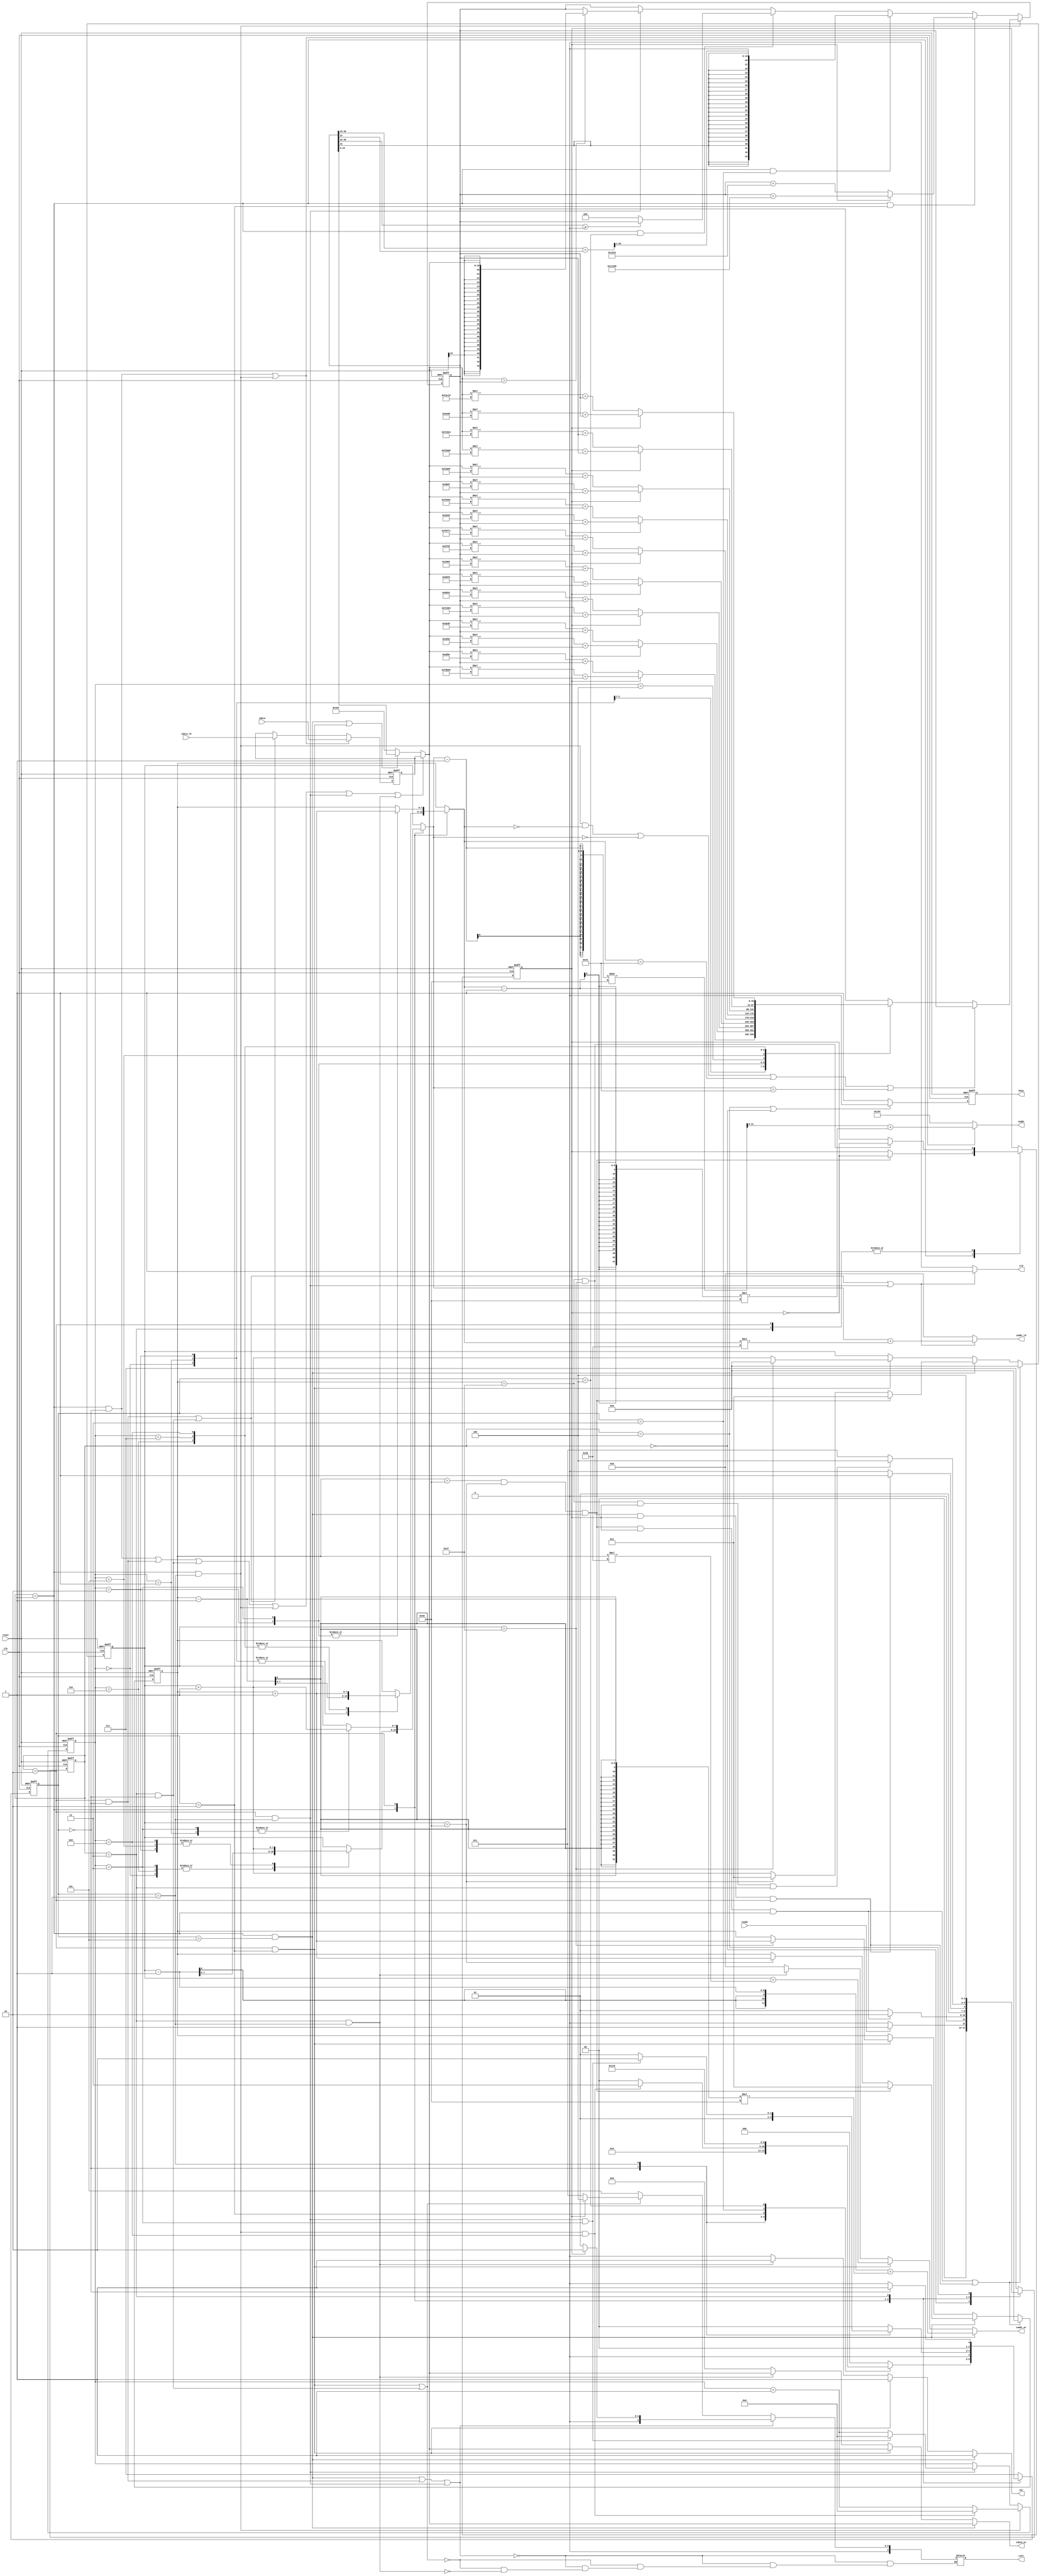
module  CONV#(
            //================================
            //  PARAMETERS
            //================================
            parameter W  = 20,
            parameter B  = 8,
            parameter ADDR_W = 12,
            parameter MEM_SEL = 4,
            parameter CONV_IMG_W = 64,
            parameter MAX_POOLING_IMG_W = CONV_IMG_W / 2,
            parameter RELU_IMG_W        = CONV_IMG_W / 2,
            parameter FLATTEN_IMG_W = MAX_POOLING_IMG_W
        )(
            input					clk,
            input					reset,
            output reg				busy,
            input					ready,

            output reg[ADDR_W-1:0]		iaddr,
            input     [W-1:0]			idata,

            output reg			cwr,
            output reg[ADDR_W-1:0]	 		caddr_wr,
            output reg[W-1:0]	 	cdata_wr,

            output reg			crd,
            output reg[ADDR_W-1:0]	 	caddr_rd,
            input[W-1:0]	 		cdata_rd,

            output reg[MEM_SEL-1:0]	 	csel
        );
//================================
//  I/O
//================================
reg[W-1:0] data_buf;

//================================
//  CONTROLLER(CTR)
//================================
//LV1_FSM
reg[2:0] cur_state_LV1_ff;
reg[2:0] next_state_LV1;

//LV2_FSM
reg[2:0] cur_state_LV2_ff;
reg[2:0] next_state_LV2;

//KERNAL_STATUS
reg cur_kernal_ff;

//==================
//  stateS
//==================
//LV1_FSM
localparam IDLE = 3'd0;
localparam L0   = 3'd1;
localparam L1   = 3'd2;
localparam L2   = 3'd3;
localparam DONE = 3'd4;

wire state_IDLE     = cur_state_LV1_ff == IDLE;
wire state_L0       = cur_state_LV1_ff == L0;
wire state_L1       = cur_state_LV1_ff == L1;
wire state_L2       = cur_state_LV1_ff == L2;
wire state_DONE     = cur_state_LV1_ff == DONE;

//CURRENT KERNAL
localparam K0   = 1'b0;
localparam K1   = 1'b1;

wire state_KERNAL0       = cur_kernal_ff == K0;
wire state_KERNAL1       = cur_kernal_ff == K1;

//LV2_FSM
//_____________L0________________
//CONV
localparam RD_PIXEL_L0     = 3'd0;
localparam MAC             = 3'd1;
localparam ADD_BIAS        = 3'd2;
localparam ROUND           = 3'd3;

wire state_RD_PIXEL_L0   = (state_L0)  && (cur_state_LV2_ff == RD_PIXEL_L0) ;
wire state_MAC		 	 = (state_L0)  && (cur_state_LV2_ff == MAC) 		;
wire state_ADD_BIAS		 = (state_L0)  && (cur_state_LV2_ff == ADD_BIAS)    ;
wire state_ROUND		 = (state_L0)  && (cur_state_LV2_ff == ROUND)       ;

//RELU
localparam RELU            = 3'd4;
//WriteBack
localparam WB_L0           = 3'd5;

wire state_RELU              = (state_L0)  && (cur_state_LV2_ff == RELU)            ;
wire state_WB_L0		 	 = (state_L0)  && (cur_state_LV2_ff == WB_L0) 		   ;

//_____________L1________________
//MAXPOOLING
localparam RD_PIXEL_L1     = 3'd0;
localparam COMPARE_FOR_MAX = 3'd1;
//WriteBack
localparam WB_L1           = 3'd2;

wire state_RD_PIXEL_L1              = (state_L1)  && (cur_state_LV2_ff == RD_PIXEL_L0)            ;
wire state_COMPARE_FOR_MAX_L1		= (state_L1)  && (cur_state_LV2_ff == COMPARE_FOR_MAX) 		   ;
wire state_WB_L1		 	 	    = (state_L1)  && (cur_state_LV2_ff == WB_L1)        ;

//_____________L2________________
//Flatten
localparam RD_PIXEL_L2     = 3'd0;
//WriteBack
localparam FLATTEN_WB      = 3'd1;


wire state_RD_PIXEL_L2              = (state_L2)  && (cur_state_LV2_ff == RD_PIXEL_L2)            ;
wire state_FLATTEN_WB				= (state_L2)  && (cur_state_LV2_ff == FLATTEN_WB) 		   ;

//Exception
localparam EXCEPTION = 3'd7;
wire EXCEPTION_OCCURS = cur_state_LV1_ff == EXCEPTION || cur_state_LV2_ff == EXCEPTION || cur_kernal_ff == EXCEPTION;

//================================
//  Memory management Unit(MMU)
//================================
reg[ADDR_W-1:0] mem_addr_cnt; // MAX 4096

//================================
//  BUS
//================================
reg signed[W-1:0] common_data_bus;

//================================
//  Address Generation Unit(AGU)
//================================
localparam AGU_W = 8;
reg[AGU_W - 1:0] row_ptr;
reg[AGU_W - 1:0] col_ptr;

reg[AGU_W - 1:0] offset_row;
reg[AGU_W - 1:0] offset_col;

reg[4:0] offset_cnt;


//================================
//  Arithmetic Logic Unit(ALU)
//================================
//KERNAL0
localparam signed K0_00 =                20'h0A89E;  // Pixel 0:  6.586609e-01
localparam signed K0_01 =                20'h092D5;  // Pixel 1:  5.735626e-01
localparam signed K0_02 =                20'h06D43;  // Pixel 2:  4.268036e-01
localparam signed K0_10 =                20'h01004;  // Pixel 3:  6.256104e-02
localparam signed K0_11 =                20'hF8F71;  // Pixel 4: -4.396820e-01
localparam signed K0_12 =                20'hF6E54;  // Pixel 5: -5.690308e-01
localparam signed K0_20 =                20'hFA6D7;  // Pixel 6: -3.482819e-01
localparam signed K0_21 =                20'hFC834;  // Pixel 7: -2.179565e-01
localparam signed K0_22 =                20'hFAC19;  // Pixel 8: -3.277435e-01
//KERNAL1
localparam signed K1_00 = 20'hFDB55;  // Pixel 0: -1.432343e-01
localparam signed K1_01 = 20'h02992;  // Pixel 1:  1.623840e-01
localparam signed K1_02 = 20'hFC994;  // Pixel 2: -2.125854e-01
localparam signed K1_10 = 20'h050FD;  // Pixel 3:  3.163605e-01
localparam signed K1_11 = 20'h02F20;  // Pixel 4:  1.840820e-01
localparam signed K1_12 = 20'h0202D;  // Pixel 5:  1.256866e-01
localparam signed K1_20 = 20'h03BD7;  // Pixel 6:  2.337494e-01
localparam signed K1_21 = 20'hFD369;  // Pixel 7: -1.741791e-01
localparam signed K1_22 = 20'h05E68;   // Pixel 8:  3.687744e-01

//ADD_BIAS
localparam signed [W-1:0] CNNBIAS0 = 20'h01310;  // Pixel 0: 7.446289e-02
localparam signed [W-1:0] CNNBIAS1 = 20'hF7295;  // Pixel 1: -5.524139e-01

reg signed[(2*W+4)-1:0] alu_out_ff;
reg signed[W-1:0]       result_temp_ff;

//================================
//  CONTROL FLAGS
//================================
wire L0_right_bound_reach_flag = (col_ptr == (CONV_IMG_W)) ;
wire L0_bottom_reach_flag = (row_ptr == (CONV_IMG_W));

wire L0_done_flag = conv_relu_done_flag && state_KERNAL1 && state_L0;
wire L1_done_flag = (row_ptr == (MAX_POOLING_IMG_W-1)) && (col_ptr == (MAX_POOLING_IMG_W - 1)) && state_KERNAL1 && state_L1 ;
wire L2_done_flag = (row_ptr == (FLATTEN_IMG_W-1)) && (state_KERNAL1) && state_L2;

wire L1_right_bound_reach_flag = (col_ptr == (MAX_POOLING_IMG_W-1));
wire L1_bottom_reach_flag = (row_ptr == (MAX_POOLING_IMG_W-1));
wire max_pooling_done_flag = L1_bottom_reach_flag && L1_right_bound_reach_flag;

wire mac_done_flag = state_MAC && (offset_cnt == 'd8);
wire conv_relu_done_flag = L0_bottom_reach_flag && L0_right_bound_reach_flag && state_WB_L0;
wire local_max_found_flag = state_COMPARE_FOR_MAX_L1 && (offset_cnt == 'd3);

wire flatten_done_flag = (row_ptr == (FLATTEN_IMG_W - 1)) && (col_ptr == (FLATTEN_IMG_W - 1));

wire zero_pad_flag = state_MAC && (offset_row == 0) || (offset_col == 0) || (offset_row == 65) || (offset_col == 65);

//================================================================
//  MAIN DESIGN
//================================================================
//================================
//  I/O
//================================
//data buffer
always @(posedge clk or posedge reset)
begin: DATA_BUFFER
    if(reset)
    begin
        data_buf <=  'd0;
    end
    else if(state_RD_PIXEL_L0 || state_MAC)
    begin
        data_buf <=  idata;
    end
    else if(state_RD_PIXEL_L1 || state_RD_PIXEL_L2)
    begin
        data_buf <=  cdata_rd;
    end
    else
    begin
        data_buf <=  data_buf;
    end
end

//busy
always @(posedge clk or posedge reset)
begin
    if(reset)
    begin
        busy <= 1'b0;
    end
    else if(state_DONE || state_IDLE)
    begin
        busy <= 1'b0;
    end
    else
    begin
        busy <= 1'b1;
    end
end

//================================
//  CONTROLLER(CTR)
//================================
//LV1_FSM
always @(posedge clk or posedge reset)
begin: LV1_FSM_CUR
    if(reset)
    begin
        cur_state_LV1_ff <=  IDLE ;
    end
    else
    begin
        cur_state_LV1_ff <=  next_state_LV1;
    end
end

always @(*)
begin: LV1_FSM_NEXT
    case(cur_state_LV1_ff)
        IDLE:
        begin
            next_state_LV1 = ready 		  ? L0 : IDLE;
        end
        L0:
        begin
            next_state_LV1 = L0_done_flag  ? L1 : L0;
        end
        L1:
        begin
            next_state_LV1 = L1_done_flag  ? L2 : L1;
        end
        L2:
        begin
            next_state_LV1 = L2_done_flag  ? DONE:L2;
        end
        DONE:
        begin
            next_state_LV1 = DONE;
        end
        default:
        begin
            next_state_LV1 = EXCEPTION;
        end
    endcase
end

//LV2_FSM
always @(posedge clk or posedge reset)
begin: LV2_FSM_CUR
    if(reset)
    begin
        cur_state_LV2_ff <=  RD_PIXEL_L0;
    end
    else
    begin
        cur_state_LV2_ff <=  next_state_LV2;
    end
end


always @(*)
begin: LV2_FSM_NEXT
    case(cur_state_LV1_ff)
        L0:
        begin
            case(cur_state_LV2_ff)
                RD_PIXEL_L0:
                begin
                    next_state_LV2 = MAC;
                end
                MAC:
                begin
                    next_state_LV2 = mac_done_flag ? ROUND : RD_PIXEL_L0;
                end
                ADD_BIAS:
                begin
                    next_state_LV2 = RELU;
                end
                ROUND:
                begin
                    next_state_LV2 = ADD_BIAS;
                end
                RELU:
                begin
                    next_state_LV2 = WB_L0;
                end
                WB_L0:
                begin
                    next_state_LV2 = conv_relu_done_flag ? (L0_done_flag ? RD_PIXEL_L1: RD_PIXEL_L0) : RD_PIXEL_L0;
                end
                default:
                begin
                    next_state_LV2 = RD_PIXEL_L0;
                end
            endcase
        end
        L1:
        begin
            case(cur_state_LV2_ff)
                RD_PIXEL_L1:
                begin
                    next_state_LV2 = COMPARE_FOR_MAX;
                end
                COMPARE_FOR_MAX:
                begin
                    next_state_LV2 = local_max_found_flag ? WB_L1 : COMPARE_FOR_MAX;
                end
                WB_L1:
                begin
                    next_state_LV2 = max_pooling_done_flag ? (L1_done_flag ? RD_PIXEL_L2 : RD_PIXEL_L1) : RD_PIXEL_L1;
                end
                default:
                begin
                    next_state_LV2 = RD_PIXEL_L1;
                end
            endcase
        end
        L2:
        begin
            case(cur_state_LV2_ff)
                RD_PIXEL_L2:
                begin
                    next_state_LV2 = FLATTEN_WB ;
                end
                FLATTEN_WB:
                begin
                    next_state_LV2 = L2_done_flag ? RD_PIXEL_L2 : RD_PIXEL_L2;
                end
                default:
                begin
                    next_state_LV2 = RD_PIXEL_L2;
                end
            endcase
        end
        default:
        begin
            next_state_LV2 = EXCEPTION;
        end
    endcase
end

// current kernal status register
always @(posedge clk or posedge reset)
begin: CURRENT_KERNAL
    if(reset)
    begin
        cur_kernal_ff <=  K0;
    end
    else
    begin
        case(cur_state_LV1_ff)
            L0:
            begin
                cur_kernal_ff <=  conv_relu_done_flag ? ~cur_kernal_ff : cur_kernal_ff;
            end
            L1:
            begin
                cur_kernal_ff <=  max_pooling_done_flag ? ~cur_kernal_ff : cur_kernal_ff;
            end
            L2:
            begin
                cur_kernal_ff <=  flatten_done_flag     ? ~cur_kernal_ff : cur_kernal_ff;
            end
            default:
            begin
                cur_kernal_ff <= cur_kernal_ff;
            end
        endcase
    end
end

//================================
//  BUS
//================================
always @(*)
begin:BUS
    if(state_RD_PIXEL_L0 || state_RD_PIXEL_L1 || state_RD_PIXEL_L2 || state_MAC || state_COMPARE_FOR_MAX_L1 || state_FLATTEN_WB)
    begin
        common_data_bus = data_buf;
    end
    else if(state_WB_L0 || state_WB_L1)
    begin
        common_data_bus = alu_out_ff[19:0];
    end
    else
    begin
        common_data_bus = 'd404;
    end
end

//================================
//  Address Generation Unit(AGU)
//================================
always @(posedge clk or posedge reset)
begin: PTRS
    if(reset)
    begin
        row_ptr <=  'd1;
        col_ptr <=  'd1;
    end
    else if(L0_done_flag || L1_done_flag)
    begin
        row_ptr <=  'd0;
        col_ptr <=  'd0;
    end
    else if(state_WB_L0)
    begin
        if(conv_relu_done_flag)
        begin
            row_ptr <=  'd1;
            col_ptr <=  'd1;
        end
        else
        begin
            row_ptr <=  L0_right_bound_reach_flag ? row_ptr + 1 : row_ptr;
            col_ptr <=  L0_right_bound_reach_flag ? 1 : col_ptr + 1;
        end
    end
    else if(state_WB_L1)
    begin
        row_ptr <=  L1_right_bound_reach_flag ? row_ptr + 1 : row_ptr;
        col_ptr <=  L1_right_bound_reach_flag ? 0 : col_ptr + 1;
    end
    else
    begin
        row_ptr <=  row_ptr;
        col_ptr <=  col_ptr;
    end
end

always @(*)
begin: OFFSETED_PTRS
    case(cur_state_LV1_ff)
        L0:
        begin
            case(offset_cnt)
                'd0:
                begin
                    offset_col = col_ptr -1;
                    offset_row = row_ptr -1;
                end
                'd1:
                begin
                    offset_col = col_ptr;
                    offset_row = row_ptr-1;
                end
                'd2:
                begin
                    offset_col = col_ptr + 1;
                    offset_row = row_ptr -1;
                end
                'd3:
                begin
                    offset_col = col_ptr-1;
                    offset_row = row_ptr;
                end
                'd4:
                begin
                    offset_col = col_ptr;
                    offset_row = row_ptr;
                end
                'd5:
                begin
                    offset_col = col_ptr+1;
                    offset_row = row_ptr;
                end
                'd6:
                begin
                    offset_col = col_ptr-1;
                    offset_row = row_ptr+1;
                end
                'd7:
                begin
                    offset_col = col_ptr;
                    offset_row = row_ptr+1;
                end
                'd8:
                begin
                    offset_col = col_ptr+1;
                    offset_row = row_ptr+1;
                end
                default:
                begin
                    offset_col = col_ptr;
                    offset_row = row_ptr;
                end
            endcase
        end
        L1:
        begin
            case(offset_cnt)
                'd0:
                begin
                    offset_col = col_ptr;
                    offset_row = row_ptr;
                end
                'd1:
                begin
                    offset_col = col_ptr+1;
                    offset_row = row_ptr;
                end
                'd2:
                begin
                    offset_col = col_ptr;
                    offset_row = row_ptr+1;
                end
                'd3:
                begin
                    offset_col = col_ptr+1;
                    offset_row = row_ptr+1;
                end
                default:
                begin
                    offset_col = col_ptr;
                    offset_row = row_ptr;
                end
            endcase
        end
        default:
        begin
            offset_col = col_ptr;
            offset_row = row_ptr;
        end
    endcase
end

always @(posedge clk or posedge reset)
begin: OFFSET_CNT
    if(reset)
    begin
        offset_cnt <= 'd0;
    end
    else if(state_MAC)
    begin
        offset_cnt <= mac_done_flag ? 0 : offset_cnt + 1;
    end
    else if(state_COMPARE_FOR_MAX_L1)
    begin
        offset_cnt <= local_max_found_flag ? 0 : offset_cnt + 1;
    end
    else
    begin
        offset_cnt <= offset_cnt;
    end
end

//================================
//  Memory management Unit(MMU)
//================================
//MEM_ACCESS
localparam NO_ACCESS= 3'b000;
localparam L0_MEM0_ACCESS= 3'b001;
localparam L0_MEM1_ACCESS= 3'b010;
localparam L1_MEM0_ACCESS= 3'b011;
localparam L1_MEM1_ACCESS= 3'b100;
localparam L2_MEM_ACCESS= 3'b101;

//csel
always @(*)
begin: CHIP_SELECT
    if(state_WB_L0 || state_RD_PIXEL_L1 || state_COMPARE_FOR_MAX_L1)
    begin
        csel = state_KERNAL0 ? L0_MEM0_ACCESS: L0_MEM1_ACCESS;
    end
    else if(state_WB_L1 || state_RD_PIXEL_L2)
    begin
        csel = state_KERNAL0 ? L1_MEM0_ACCESS: L1_MEM1_ACCESS ;
    end
    else if(state_FLATTEN_WB)
    begin
        csel = L2_MEM_ACCESS;
    end
end

//iaddr
always @(*)
begin: IN_ADDR
    if(state_RD_PIXEL_L0 || state_MAC)
    begin
        iaddr = (offset_col-1) % CONV_IMG_W + (offset_row-1)* CONV_IMG_W;
    end
    else
    begin
        iaddr = 'd404;
    end
end

//crd, caddr_rd
always @(*)
begin: CHIP_RD
    if(state_RD_PIXEL_L1||state_RD_PIXEL_L2 || state_COMPARE_FOR_MAX_L1)
    begin
        crd = 1;
        caddr_rd = offset_col + offset_row * MAX_POOLING_IMG_W ;
    end
    else
    begin
        crd = 0;
        caddr_rd = 'd0;
    end
end

//cwr,cdata_wr,caddr_wr
always @(*)
begin: CHIP_WR
    if(state_WB_L0)
    begin
        cwr = 1;
        caddr_wr = (col_ptr-1) + (row_ptr-1) * CONV_IMG_W ;
        cdata_wr = common_data_bus;
    end
    else if(state_WB_L1)
    begin
        cwr = 1;
        caddr_wr = col_ptr + row_ptr * MAX_POOLING_IMG_W;
        cdata_wr = common_data_bus;
    end
    else if(state_FLATTEN_WB)
    begin
        cwr = 1;
        caddr_wr = mem_addr_cnt;
        cdata_wr = common_data_bus;
    end
    else
    begin
        cwr = 0;
        caddr_wr = 0;
        cdata_wr = 0;
    end
end

wire signed[W-1:0] rounded_value = alu_out_ff[35:16];
wire[2*W+3 : 0] twos_complement = alu_out_ff[43] ? (~alu_out_ff + 'b1) : alu_out_ff;

//================================
//  Arithmetic Logic Unit(ALU)
//================================
always @(posedge clk or posedge reset)
begin: ALU
    if(reset)
    begin
        alu_out_ff <=  'd0;
    end
    else if(state_MAC)
    begin
        if(zero_pad_flag)
        begin
            alu_out_ff <= alu_out_ff;
        end
        else
        begin
            case(offset_cnt)
                'd0:
                begin
                    alu_out_ff <= state_KERNAL0 ? ((common_data_bus * K0_00) + (alu_out_ff)) :
                        ((common_data_bus * K1_00) + (alu_out_ff));
                end
                'd1:
                begin
                    alu_out_ff <= state_KERNAL0 ? ((common_data_bus * K0_01) + (alu_out_ff)) :
                        ((common_data_bus * K1_01) + (alu_out_ff));
                end
                'd2:
                begin
                    alu_out_ff <= state_KERNAL0 ? ((common_data_bus * K0_02) + (alu_out_ff)) :
                        ((common_data_bus * K1_02) + (alu_out_ff));
                end
                'd3:
                begin
                    alu_out_ff <= state_KERNAL0 ? ((common_data_bus * K0_10) + (alu_out_ff)) :
                        ((common_data_bus * K1_10) + (alu_out_ff));
                end
                'd4:
                begin
                    alu_out_ff <= state_KERNAL0 ? ((common_data_bus * K0_11) + (alu_out_ff)) :
                        ((common_data_bus * K1_11) + (alu_out_ff));
                end
                'd5:
                begin
                    alu_out_ff <= state_KERNAL0 ? ((common_data_bus * K0_12) + (alu_out_ff)) :
                        ((common_data_bus * K1_12) + (alu_out_ff));
                end
                'd6:
                begin
                    alu_out_ff <= state_KERNAL0 ? ((common_data_bus * K0_20) + (alu_out_ff)) :
                        ((common_data_bus * K1_20) + (alu_out_ff));
                end
                'd7:
                begin
                    alu_out_ff <= state_KERNAL0 ? ((common_data_bus * K0_21) + (alu_out_ff)) :
                        ((common_data_bus * K1_21) + (alu_out_ff));
                end
                'd8:
                begin
                    alu_out_ff <= state_KERNAL0 ? ((common_data_bus * K0_22) + (alu_out_ff)) :
                        ((common_data_bus * K1_22) + (alu_out_ff));
                end
                default:
                begin
                    alu_out_ff <=  alu_out_ff;
                end
            endcase
        end
    end
    else if(state_ADD_BIAS)
    begin
        alu_out_ff <=  state_KERNAL0 ? alu_out_ff + $signed(CNNBIAS0)
                   : alu_out_ff + $signed(CNNBIAS1);
        // bias also needs to be concatenated.
    end
    else if(state_ROUND)
    begin
        // alu_out_ff <=  alu_out_ff[43] ? ~(twos_complement + {28'b0,twos_complement[15],15'b0}) + 1'b1 :
        //  (twos_complement + {28'b0,twos_complement[15],15'b0}); //When rounding must concatenate!
        alu_out_ff <= { {24{alu_out_ff[43]}}, ((alu_out_ff[35:15] + $signed({20'b0,(alu_out_ff[15])})) >> 1)} ; //When rounding must concatenate!
    end
    else if(state_RELU)
    begin
        //  alu_out_ff <=  (rounded_value[19]) ? 'd0 : alu_out_ff;
        alu_out_ff <=  (rounded_value >= $signed('d0)) ? alu_out_ff : 'd0;
    end
    else if(state_COMPARE_FOR_MAX_L1)
    begin
        alu_out_ff <=  ((common_data_bus) > (alu_out_ff)) ? common_data_bus : alu_out_ff;
    end
    else
    begin
        alu_out_ff <=  alu_out_ff;
    end
end

endmodule